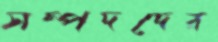
সম্পদদের